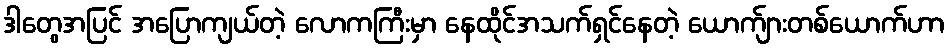
ဒါတွေအပြင် အပြောကျယ်တဲ့ လောကကြီးမှာ နေထိုင်အသက်ရှင်နေတဲ့ ယောက်ျားတစ်ယောက်ဟာ